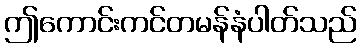
ဤကောင်းကင်တမန်နံပါတ်သည်